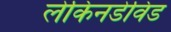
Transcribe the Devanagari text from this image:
लेकिनडेविड